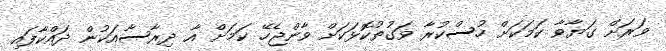
ވަރަށް ގަޔާވާ ކަމަކަށް ހުސްކުރާ ވަގުތުކޮޅަކަށް ވާންޖެހޭ ކަމަށް އާ ދިރާސާއަކުން ދައްކާފައި